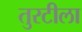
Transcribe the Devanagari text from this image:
तुरटीला